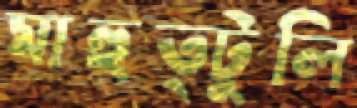
মাহুত্টুলি